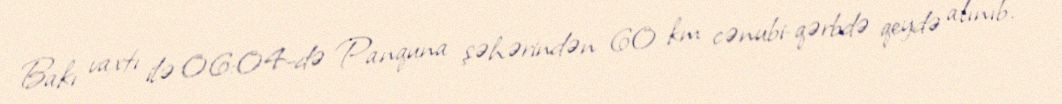
Bakı vaxtı ilə 06:04-də Panquna şəhərindən 60 km cənubi-qərbdə qeydə alınıb.